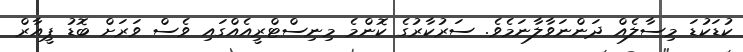
ކުޑަކުޑަ މިސާލެއް ދަންނަވާލާނަމެވެ. ސަރުކާރުގެ ކޮންމެ މިނިސްޓްރީއެއްގައި ވެސް ވަރަށް ބޮޑު ޕީއާރް